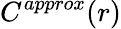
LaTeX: C^{approx}(r)